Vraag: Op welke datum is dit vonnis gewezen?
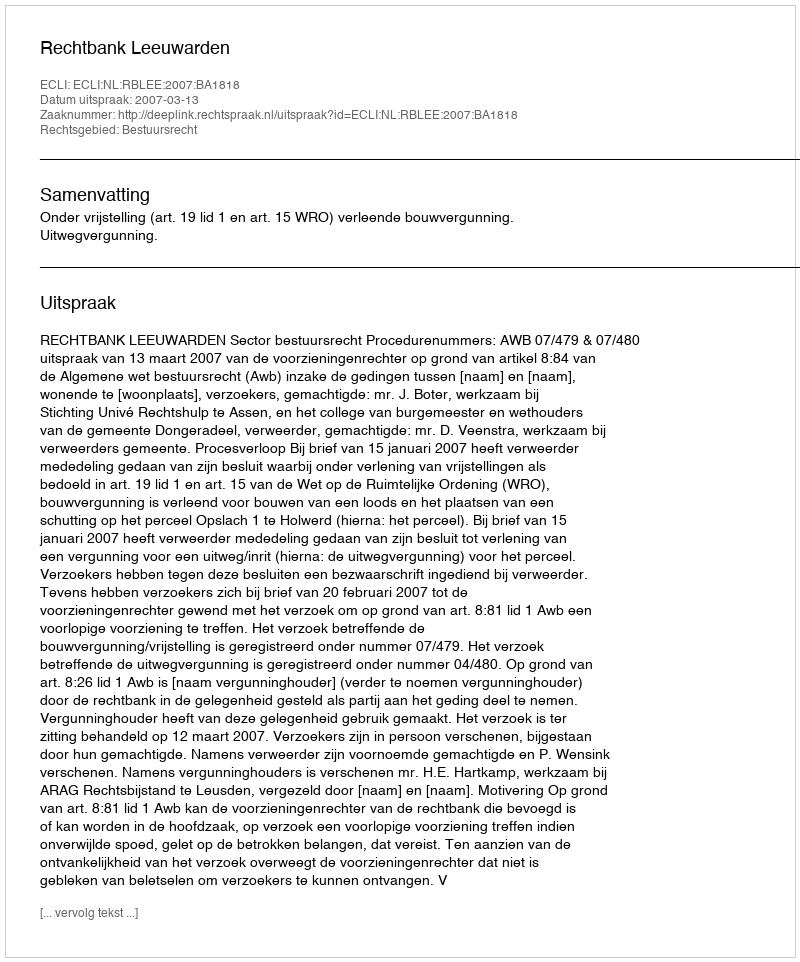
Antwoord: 2007-03-13